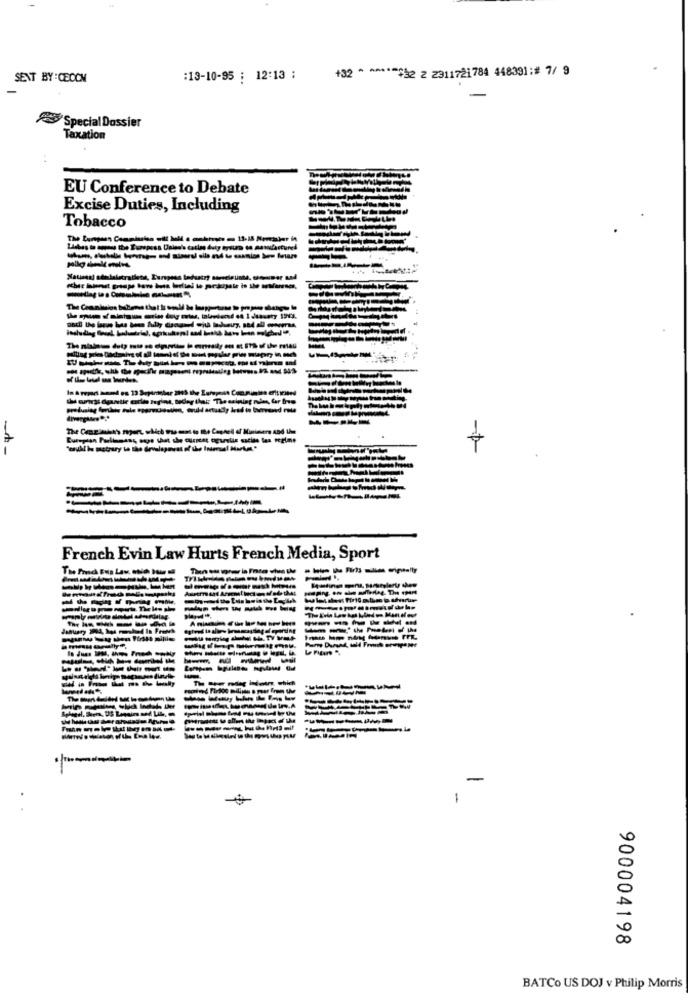
+32 * ****** 2 2 2311721784 448391 :# 7/ 9
SENT BY :CEOCM
:13-10-95 ; 12:13 :
Special Dossier
Taxation
EU Conference to Debate
Excise Duties, Including
Tobacco
-
French Evin Law Hurts French Media, Sport
TH
-------
-----
The ther medleg indein which
-------
-
900004198
BATCo US DOJ v Philip Morris